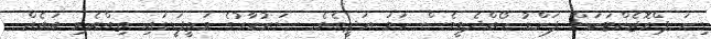
ގިނަ ޕްރޮޖެކްޓަކަށް ފަންޑު ހޯއްދެވީވެސް ހަމަ އަދީބެވެ. ސަރުކާރުގެ މަތީފަޑީގައި ތިއްބެވި ބައެއް